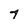
Character: 7